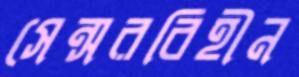
সেন্সরবিহীন